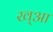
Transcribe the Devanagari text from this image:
ख्आ